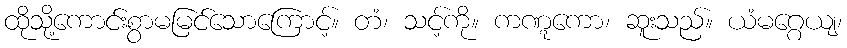
ထိုသို့ကောင်းစွာမမြင်သောကြောင့်။ တံ၊ သင့်ကို။ ကဏ္ဋကော၊ ဆူးသည်။ ယံမဂ္ဂေယျ၊